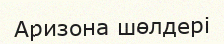
Аризона шөлдері